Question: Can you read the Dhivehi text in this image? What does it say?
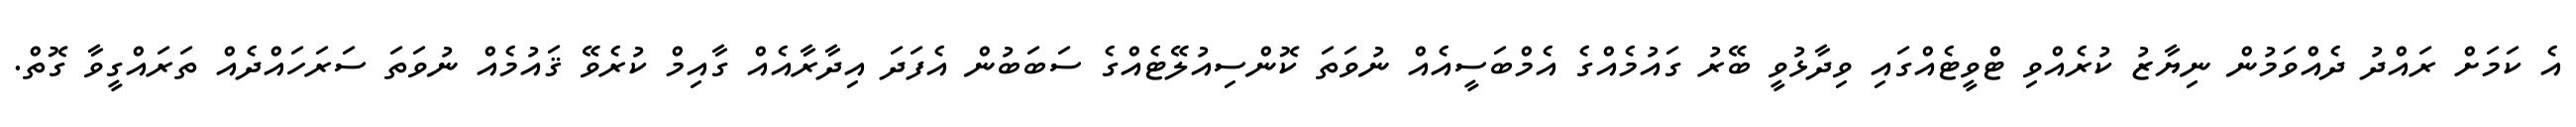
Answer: އެ ކަމަށް ރައްދު ދެއްވަމުން ނިޔާޒު ކުރެއްވި ޓްވީޓެއްގައި ވިދާޅުވީ ބޭރު ގައުމެއްގެ އެމްބަސީއެއް ނުވަތަ ކޮންސިއުލޭޓެއްގެ ސަބަބުން އެފަދަ އިދާރާއެއް ގާއިމް ކުރެވޭ ޤައުމެއް ނުވަތަ ސަރަހައްދެއް ތަރައްގީވާ ގޮތް.